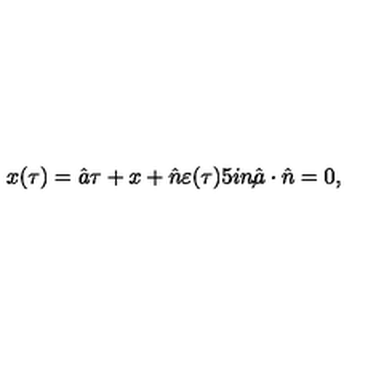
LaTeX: x ( \tau ) = \hat { a } \tau + x + \hat { n } \varepsilon ( \tau ) \makebox [ . 5 i n ] { , } \hat { a } \cdot \hat { n } = 0 ,